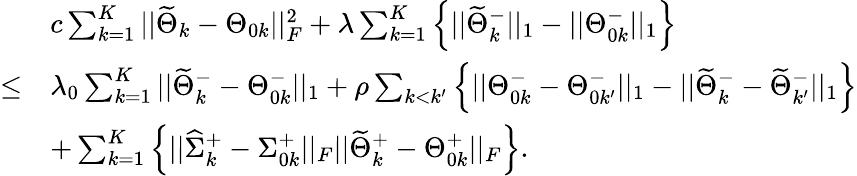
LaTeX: \begin{array}{rl}&{c\sum_{k=1}^{K}||\widetilde{\Theta}_{k}-\Theta_{0k}||_{F}^{2}+\lambda\sum_{k=1}^{K}\left\{ ||\widetilde{\Theta}_{k}^{-}||_{1}-||\Theta_{0k}^{-}||_{1}\right\} }\\ {\leq}&{\lambda_{0}\sum_{k=1}^{K}||\widetilde{\Theta}_{k}^{-}-\Theta_{0k}^{-}||_{1}+\rho\sum_{k<k^{\prime}}\Big\{ ||\Theta_{0k}^{-}-\Theta_{0k^{\prime}}^{-}||_{1}-||\widetilde{\Theta}_{k}^{-}-\widetilde{\Theta}_{k^{\prime}}^{-}||_{1}\Big\} }\\ &{+\sum_{k=1}^{K}\left\{ ||\widehat{\Sigma}_{k}^{+}-\Sigma_{0k}^{+}||_{F}||\widetilde{\Theta}_{k}^{+}-\Theta_{0k}^{+}||_{F}\right\} .}\end{array}